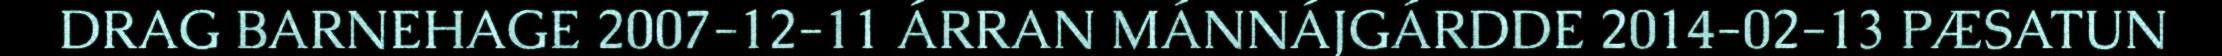
DRAG BARNEHAGE 2007-12-11 ÁRRAN MÁNNÁJGÁRDDE 2014-02-13 PÆSATUN